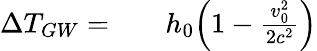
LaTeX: \begin{array}{rlr}{\Delta T_{GW}=}&{{}}&{h_{0}\Bigl(1-\frac{v_{0}^{2}}{2c^{2}}\Bigr)}\end{array}